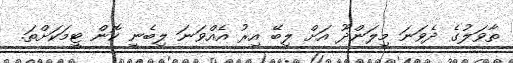
ތާވަލުގެ ދެވަނަ މިލަންދޫ އަށް ލިބޭ އިރު އެއްވަނަ ލިބެނީ ކޮން ޓީމަކަށްތަ.